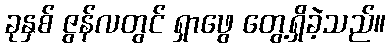
ခုနှစ် ဇွန်လတွင် ရှာဖွေ တွေ့ရှိခဲ့သည်။